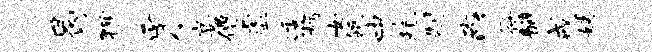
曷狎豸宴僧虚透朽女瓴中耗制砌以符瓣戒姨